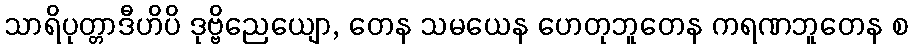
သာရိပုတ္တာဒီဟိပိ ဒုဗ္ဗိညေယျော, တေန သမယေန ဟေတုဘူတေန ကရဏဘူတေန စ